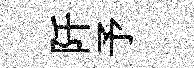
阡予